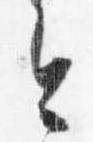
今